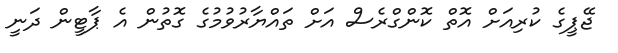
ޖޭޕީގެ ކުރިއަށް އޮތް ކޮންގްރެސް އަށް ތައްޔާރުވުމުގެ ގޮތުން އެ ޕާޓީން ދަނީ